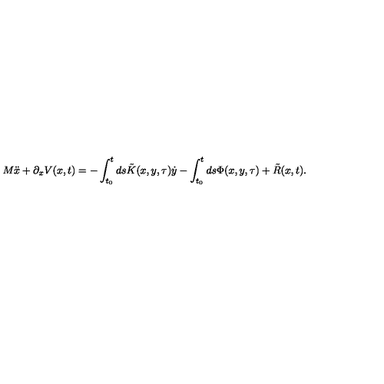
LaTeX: M \ddot { x } + \partial _ { x } V ( x , t ) = - \int _ { t _ { 0 } } ^ { t } d s \tilde { K } ( x , y , \tau ) \dot { y } - \int _ { t _ { 0 } } ^ { t } d s \Phi ( x , y , \tau ) + \tilde { R } ( x , t ) .